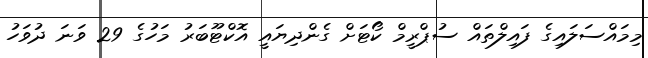
މިމައްސަލައިގެ ފައިލްތައް ސުޕްރީމް ކޯޓަށް ގެންދިޔައީ އޮކްޓޫބަރު މަހުގެ 29 ވަނަ ދުވަހު